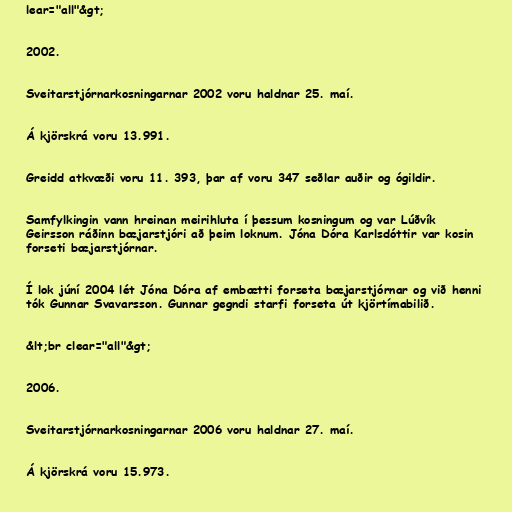
lear="all"&gt;

2002.

Sveitarstjórnarkosningarnar 2002 voru haldnar 25. maí.

Á kjörskrá voru 13.991.

Greidd atkvæði voru 11. 393, þar af voru 347 seðlar auðir og ógildir.

Samfylkingin vann hreinan meirihluta í þessum kosningum og var Lúðvík
Geirsson ráðinn bæjarstjóri að þeim loknum. Jóna Dóra Karlsdóttir var kosin
forseti bæjarstjórnar.

Í lok júní 2004 lét Jóna Dóra af embætti forseta bæjarstjórnar og við henni
tók Gunnar Svavarsson. Gunnar gegndi starfi forseta út kjörtímabilið.

&lt;br clear="all"&gt;

2006.

Sveitarstjórnarkosningarnar 2006 voru haldnar 27. maí.

Á kjörskrá voru 15.973.